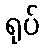
ရုပ်